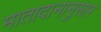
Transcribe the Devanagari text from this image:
मातादानानुसार